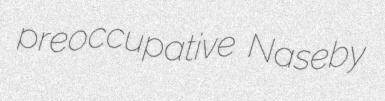
preoccupative Naseby